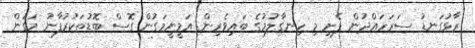
ރާޅުގަނޑު ސަރަހައްދުން ފެށި މި ހިނގާލުމުގެ ބައިވެރިން އަމީނީމަގުން ގޮސް ބޮޑުތަކުރުފާނު މަގުން